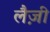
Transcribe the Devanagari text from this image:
लैज़ी